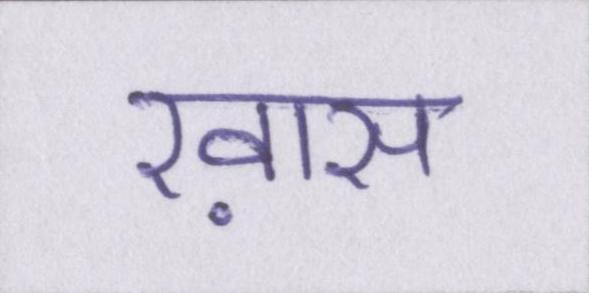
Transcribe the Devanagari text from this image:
ख़ास